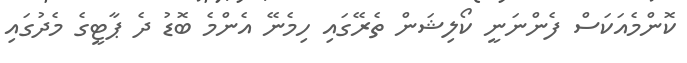
ކޮންމެއަކަސް ފެންނަނީ ކޯލިޝަން ތެރޭގައި ހިމެނޭ އެންމެ ބޮޑު ދެ ޕާޓީގެ މެދުގައި